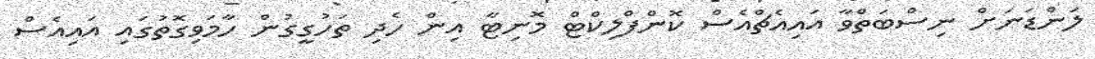
ލަންޑަނަށް ނިސްބަތްވާ އައިއެޗްއެސް ކޮންފްލިކްޓް މޮނިޓާ އިން ހެދި ތަހުގީގުން ހާމަވިގޮތުގައި އައިއެސް